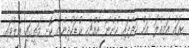
ރައު އަމިއްލަ އަށް ހަދާފައި ހުންނަ އެއްޗެހި ކުޑަކުދިންގެ ކޮށި މަތީގައި އެލުވައި